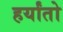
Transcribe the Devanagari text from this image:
हर्यांतो